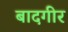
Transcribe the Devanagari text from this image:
बादगीर